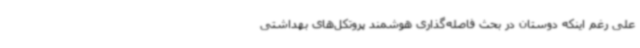
علی رغم اینکه دوستان در بحث فاصله‌گذاری هوشمند پروتکل‌های بهداشتی